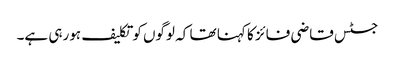
جسٹس قاضی فائز کا کہنا تھا کہ لوگوں کوتکلیف ہورہی ہے۔